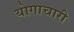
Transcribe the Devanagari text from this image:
योगाचारी